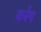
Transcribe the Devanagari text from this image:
करेंग